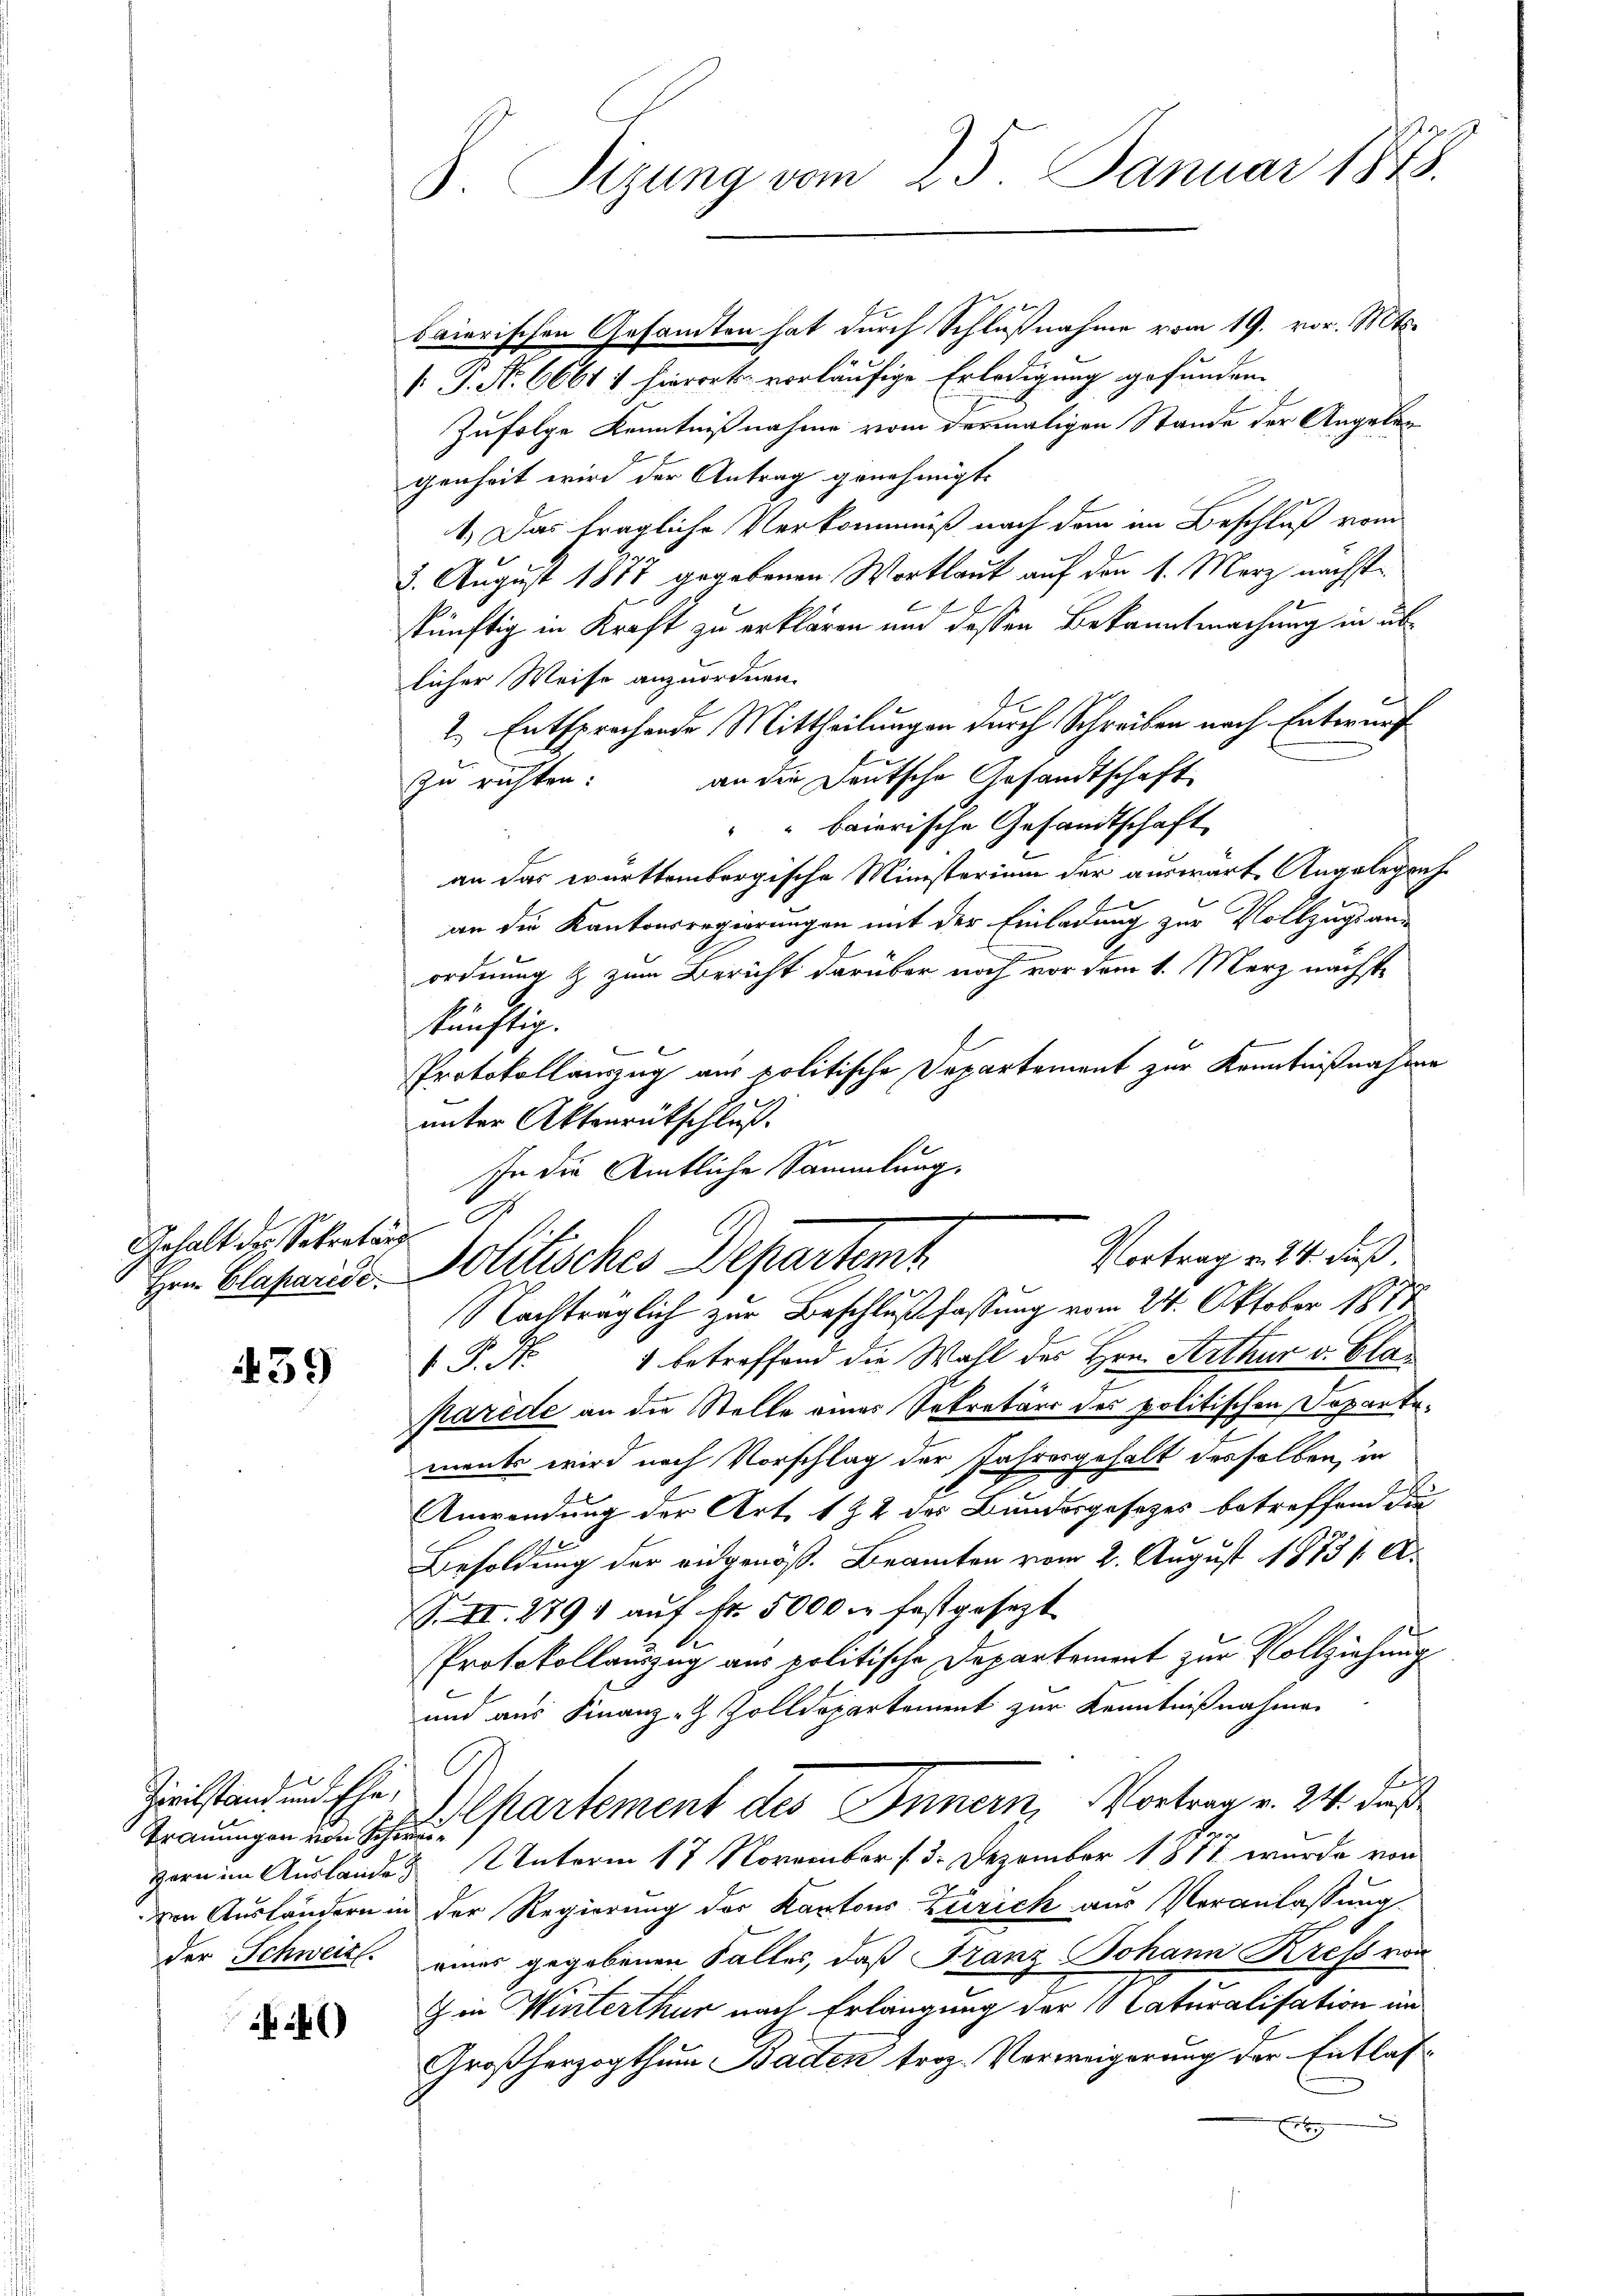
Gehalt des Sekretung

439

Zivilstand und Ehe,
Trauungen von Schrei¬

rg
8. Sizung vom 25. Januar 1848.

baierischen Gesamten hat durch Schlußnahme vom 19. vor. Mts.
V. P. No. 6661 f. hierort vorläufige Erledigung gefunden.
Zufolge Kenntnißnahme vom dermaligen Stande der Angelangenheit wird der Antrag genehmigt.
1.) Das trägliche Verkommniß nach dem im Beschluß vom
3. August 1877 gegebenen Wortlaut auf den 1. März nächste
skünftig in Kraft zu erklären und dessen Bekanntmachung in üblicher Weise anzuordnen.
2.) Entsprechende Mittheilungen durch Schreiben nach Entwurf
zu richten: an die Deutsche Gesandtschaft
baierische Gesandtschaft
.
an das württembergische Ministerium der auswärte Angelegreche
an die Kantonsregierungen mit der Einladung zur Vollzugs an-
ordnung & zum Bericht darüber noch vor dem 1. Merz nächste
künftig.
Protokollauszug aus politische Departement zur Kenntnißnahme
unter Aktenrütschluß.
e
In die Amtliche Sammlung.
Vortrag v. 24. dieß.
Hrn. Classarise. Solitisches Departemt
Nachträglich zur Beschlußfassung vom 24. Oktober 1877
 P. Nr. 1 betreffend die Wahl des Hrn. Arthur v. Glarus
parede an die Stelle einer Sekretärs des politischen Departements wird nach Vorschlag der Jahresgehalt desselben, in
9
Anwendung der Art. 1 & 2 des Bundesgesezes betreffend die
Besoldung der eidgenöß. Beamten vom 2. August 1873 /A.
S. II. 279 auf Fr. 5000 festgesezt
Protokollauszug aus politische Departement zur Vollziehung
und aus Finanz-Z Zolldepartement zur Kenntnißnahmen
c
Apartement des Innern, Vortrag v. 24. dieß
Hern im Auslanden 2 Unterm 17 November 13. Dezember 1877 wurde von
den Ausländern in der Regierung der Kantons Zürich aus Veranlassung
der Schweiz. einer gegebenen Fälles, daß Franz Johann Kress von
Z. in Winterthur nach Erlangung der Caturalisation im
Großherzogthum Baden troz. Verweigerung der Entlasx
x